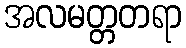
အလမတ္တတရာ